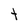
Character: t